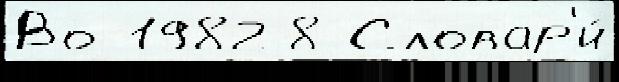
Во 1982 8 Словар'и́